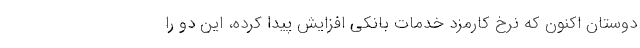
دوستان اکنون که نرخ کارمزد خدمات بانکی افزایش پیدا کرده، این دو را